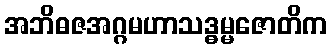
အဘိဓဇအဂ္ဂမဟာသဒ္ဓမ္မဇောတိက